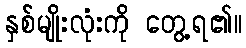
နှစ်မျိုးလုံးကို တွေ့ရ၏။